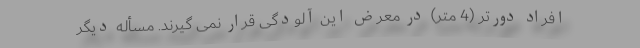
افراد دورتر (4 متر) در معرض این آلودگی قرار نمی گیرند. مسأله دیگر